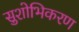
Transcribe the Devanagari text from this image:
सुशोभिकरण